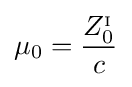
\mu _{0}={\frac {Z_{0}^{_{\mathrm {I} }}}{c}}